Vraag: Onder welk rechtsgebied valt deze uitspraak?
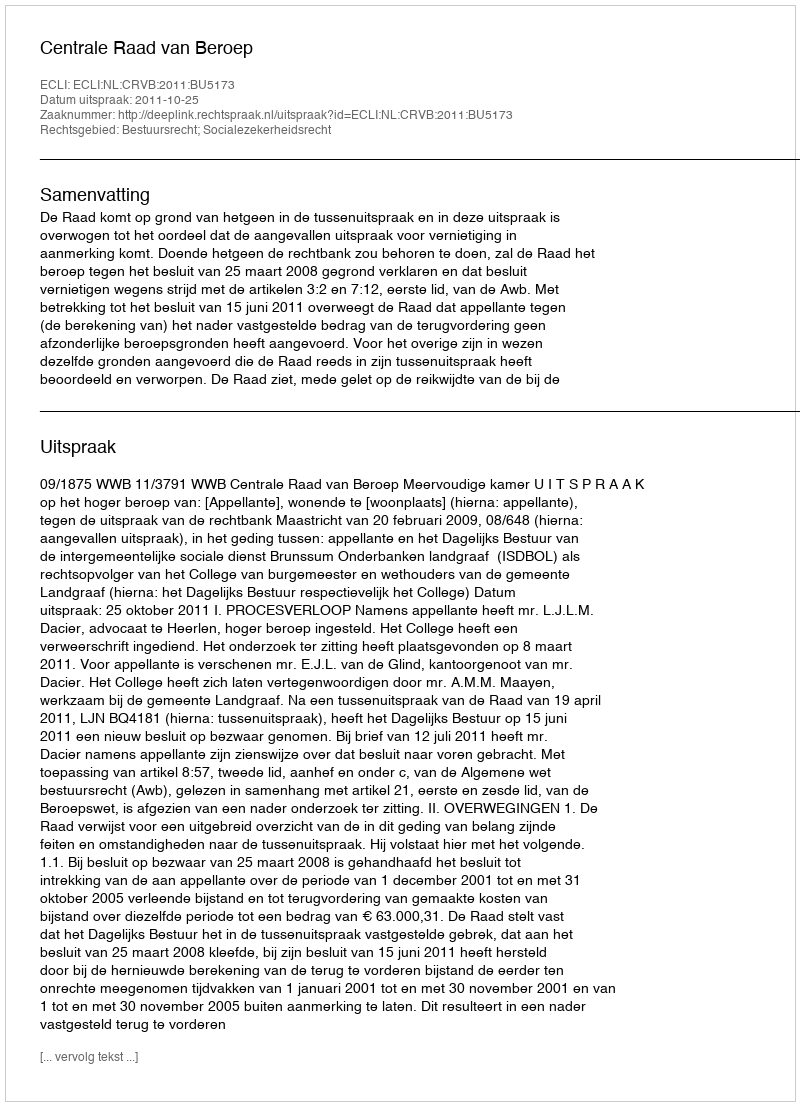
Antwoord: Bestuursrecht; Socialezekerheidsrecht